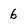
Character: 6